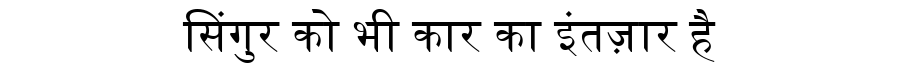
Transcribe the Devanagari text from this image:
सिंगुर को भी कार का इंतज़ार है